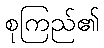
စုကြည်၏